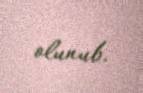
olunub.